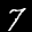
Label: 7